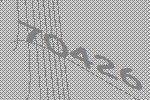
70426